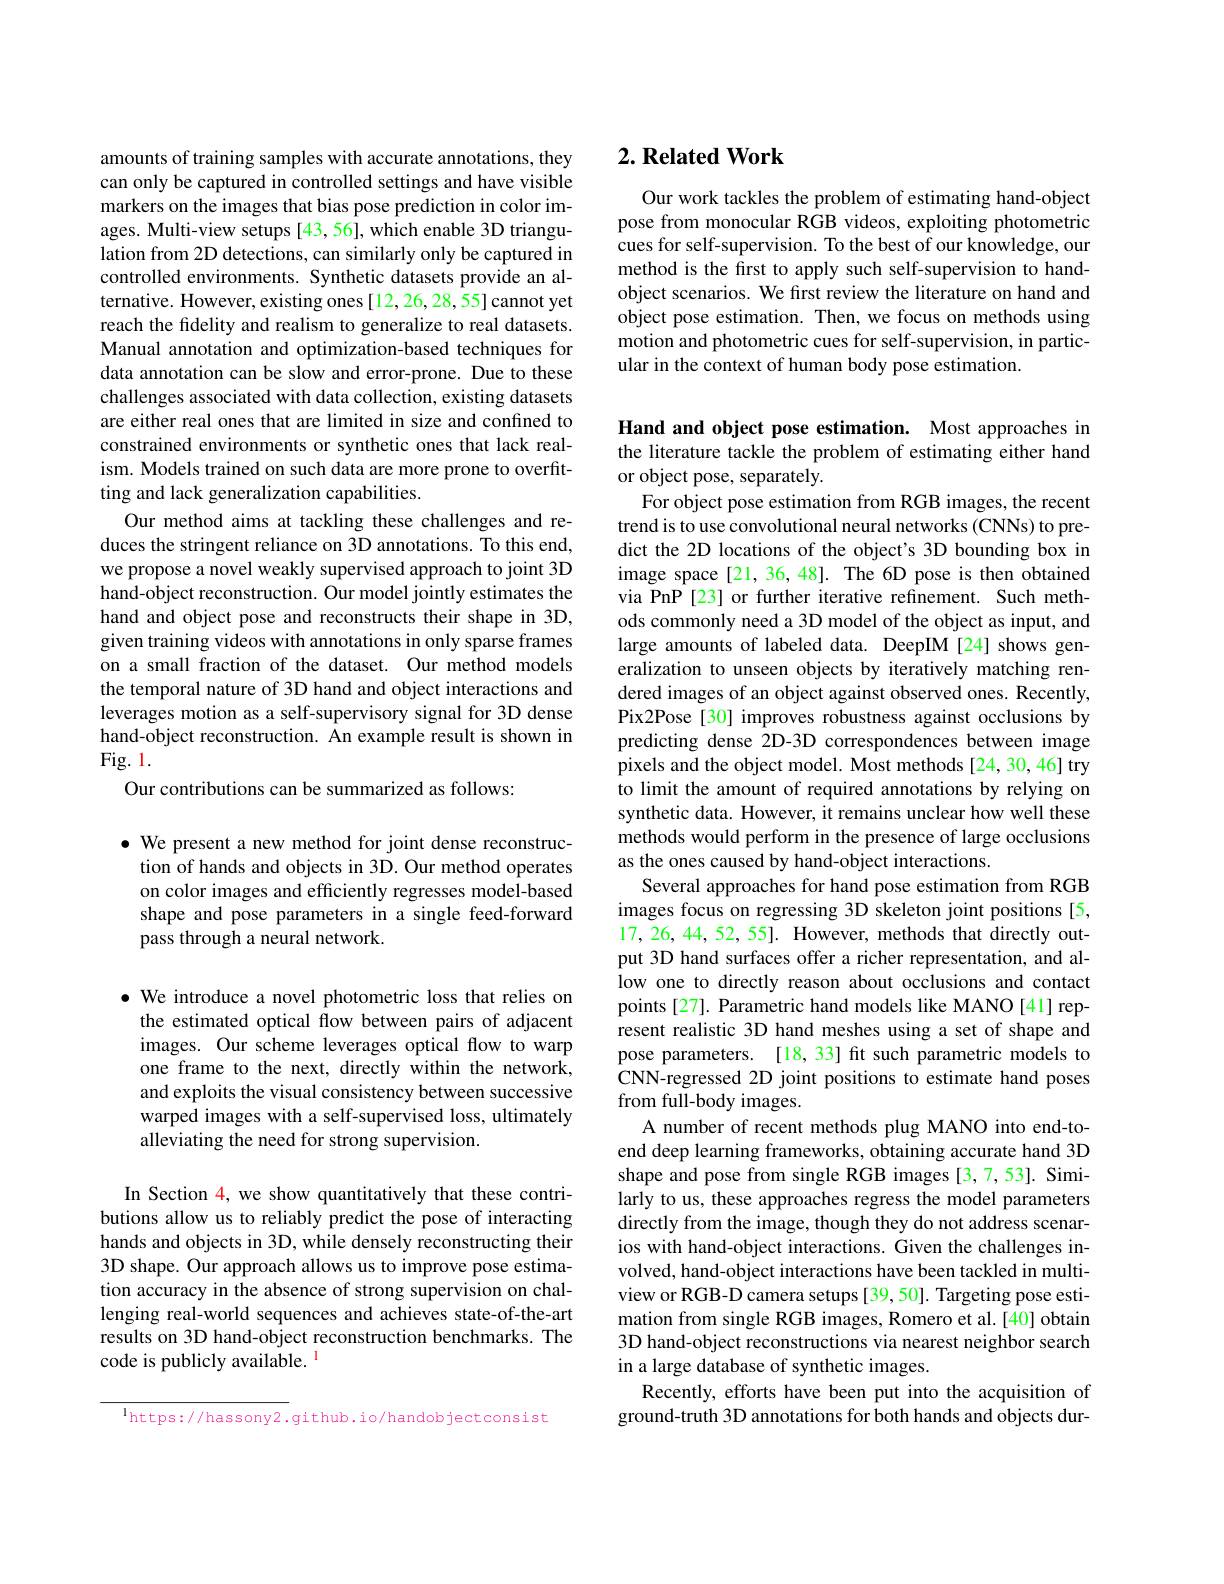
# 2. Related Work

Our work tackles the problem of estimating hand-object pose from monocular RGB videos, exploiting photometric cues for self-supervision. To the best of our knowledge, our method is the first to apply such self-supervision to handobject scenarios. We first review the literature on hand and object pose estimation. Then, we focus on methods using motion and photometric cues for self-supervision, in particular in the context of human body pose estimation.

amounts of training samples with accurate annotations, they can only be captured in controlled settings and have visible markers on the images that bias pose prediction in color images. Multi-view setups [43,56], which enable 3D triangulation from 2D detections, can similarly only be captured in controlled environments. Synthetic datasets provide an alternative. However, existing ones[12,26,28,55] cannot yet reach the fidelity and realism to generalize to real datasets. Manual annotation and optimization-based techniques for data annotation can be slow and error-prone. Due to these challenges associated with data collection, existing datasets are either real ones that are limited in size and confined to constrained environments or synthetic ones that lack realism. Models trained on such data are more prone to overfitting and lack generalization capabilities.
Our method aims at tackling these challenges and reduces the stringent reliance on 3D annotations. To this end, we propose a novel weakly supervised approach to joint 3D hand-object reconstruction. Our model jointly estimates the hand and object pose and reconstructs their shape in 3D, given training videos with annotations in only sparse frames on a small fraction of the dataset. Our method models the temporal nature of 3D hand and object interactions and leverages motion as a self-supervisory signal for 3D dense hand-object reconstruction. An example result is shown in Fig. 1.
Our contributions can be summarized as follows:

$\bullet$ We present a new method for joint dense reconstruction of hands and objects in 3D. Our method operates on color images and efficiently regresses model-based shape and pose parameters in a single feed-forward pass through a neural network.

$\bullet$ We introduce a novel photometric loss that relies on
the estimated optical flow between pairs of adjacent images. Our scheme leverages optical flow to warp one frame to the next, directly within the network, and exploits the visual consistency between successive warped images with a self-supervised loss, ultimately alleviating the need for strong supervision.

In Section 4, we show quantitatively that these contributions allow us to reliably predict the pose of interacting hands and objects in 3D, while densely reconstructing their 3D shape. Our approach allows us to improve pose estimation accuracy in the absence of strong supervision on challenging real-world sequences and achieves state-of-the-art results on 3D hand-object reconstruction benchmarks. The code is publicly available. $^{1}$

lhttps://hassony2.github.io/handobjectconsist

Hand and object pose estimation. Most approaches in the literature tackle the problem of estimating either hand or object pose, separately.
For object pose estimation from RGB images, the recent trend is to use convolutional neural networks (CNNs) to predict the 2D locations of the object's 3D bounding box in image space [21, 36, 48]. The 6D pose is then obtained via PnP [23] or further iterative refinement. Such methods commonly need a 3D model of the object as input, and large amounts of labeled data. DeepIM [24] shows generalization to unseen objects by iteratively matching rendered images of an object against observed ones. Recently Pix2Pose[30] improves robustness against occlusions by predicting dense 2D-3D correspondences between image pixels and the object model. Most methods[24,30,46] try to limit the amount of required annotations by relying on synthetic data. However, it remains unclear how well these methods would perform in the presence of large occlusions as the ones caused by hand-object interactions.
Several approaches for hand pose estimation from RGB images focus on regressing 3D skeleton joint positions [5, 17, 26, 44, 52, 55]. However, methods that directly output 3D hand surfaces offer a richer representation, and allow one to directly reason about occlusions and contact points[27]. Parametric hand models like MANO[41] represent realistic 3D hand meshes using a set of shape and pose parameters. [18,33] fit such parametric models to CNN-regressed 2D joint positions to estimate hand poses from full-body images.
A number of recent methods plug MANO into end-toend deep learning frameworks, obtaining accurate hand 3D shape and pose from single RGB images [3,7,53]. Similarly to us, these approaches regress the model parameters directly from the image, though they do not address scenarios with hand-object interactions. Given the challenges involved, hand-object interactions have been tackled in multiview or RGB-D camera setups [39, 50]. Targeting pose estimation from single RGB images, Romero et al.[40] obtain 3D hand-object reconstructions via nearest neighbor search in a large database of synthetic images.
Recently, efforts have been put into the acquisition of ground-truth 3D annotations for both hands and objects dur-